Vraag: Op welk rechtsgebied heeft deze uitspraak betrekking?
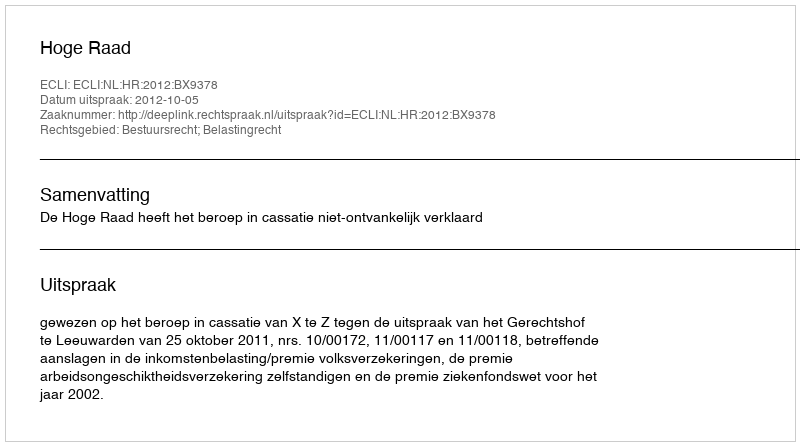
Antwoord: Bestuursrecht; Belastingrecht